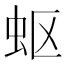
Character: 𮓹